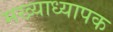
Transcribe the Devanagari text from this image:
मख्याध्यापक